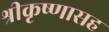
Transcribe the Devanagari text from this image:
श्रीकृष्णासह